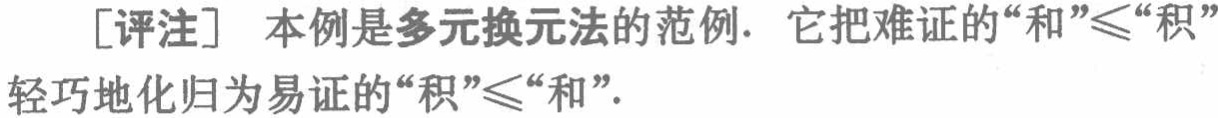
[评注] 本例是多元换元法的范例. 它把难证的“和”$\leqslant$“积”轻巧地化归为易证的“积”$\leqslant$“和”.